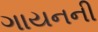
ગાયનની